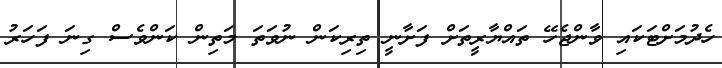
ހެދުމަށްޓަކައި ވާންޖެހޭ ތައްޔާރީތަށް ފަށާނީ ތިރިކަން ނުވަތަ މަތިން ކަންވެސް ގިނަ ފަހަރު